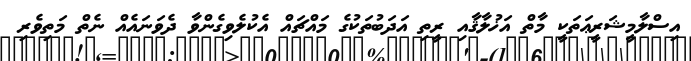
އިސްލާމީޝަރީޢަތަކީ މާތް އަޚުލާޤާއި ރީތި އަދަބުތަކުގެ މައްޗައް އެކުލެވިގެންވާ ދެވަނައެއް ނެތް މަތިވެރި